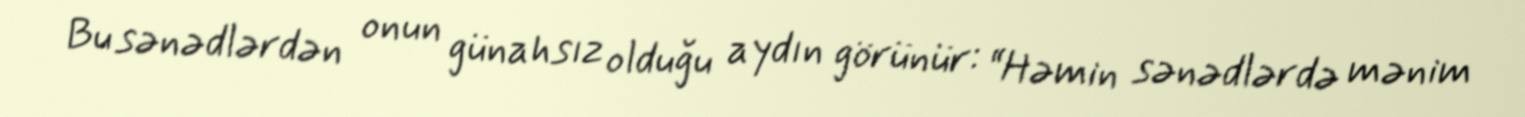
Bu sənədlərdən onun günahsız olduğu aydın görünür: “Həmin sənədlərdə mənim